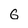
Character: G